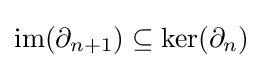
\mathrm {im} (\partial _{n+1})\subseteq \ker(\partial _{n})